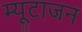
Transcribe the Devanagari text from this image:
म्यूटाजन